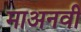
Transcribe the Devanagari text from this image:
माअनवी